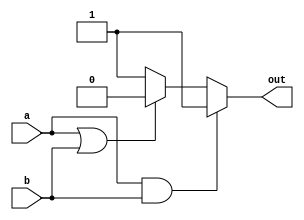
module conditional_example(
    input wire a,
    input wire b,
    output reg out
);

initial begin
    if(a & b) begin
        out <= 1;
    end else if(a | b) begin
        out <= 0;
    end else begin
        out <= 1;
    end
end

endmodule